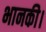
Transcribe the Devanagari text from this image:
भानकी।